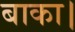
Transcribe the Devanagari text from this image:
बाका।